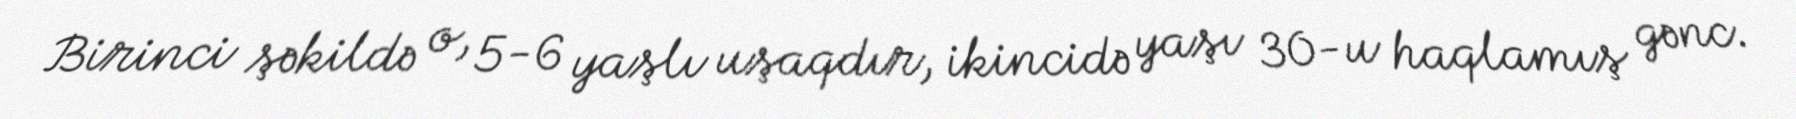
Birinci şəkildə o, 5-6 yaşlı uşaqdır, ikincidə yaşı 30-u haqlamış gənc.